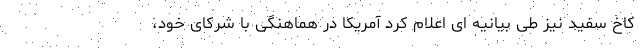
کاخ سفید نیز طی بیانیه ای اعلام کرد آمریکا در هماهنگی با شرکای خود،